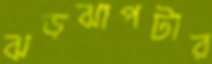
ঝড়ঝাপটার